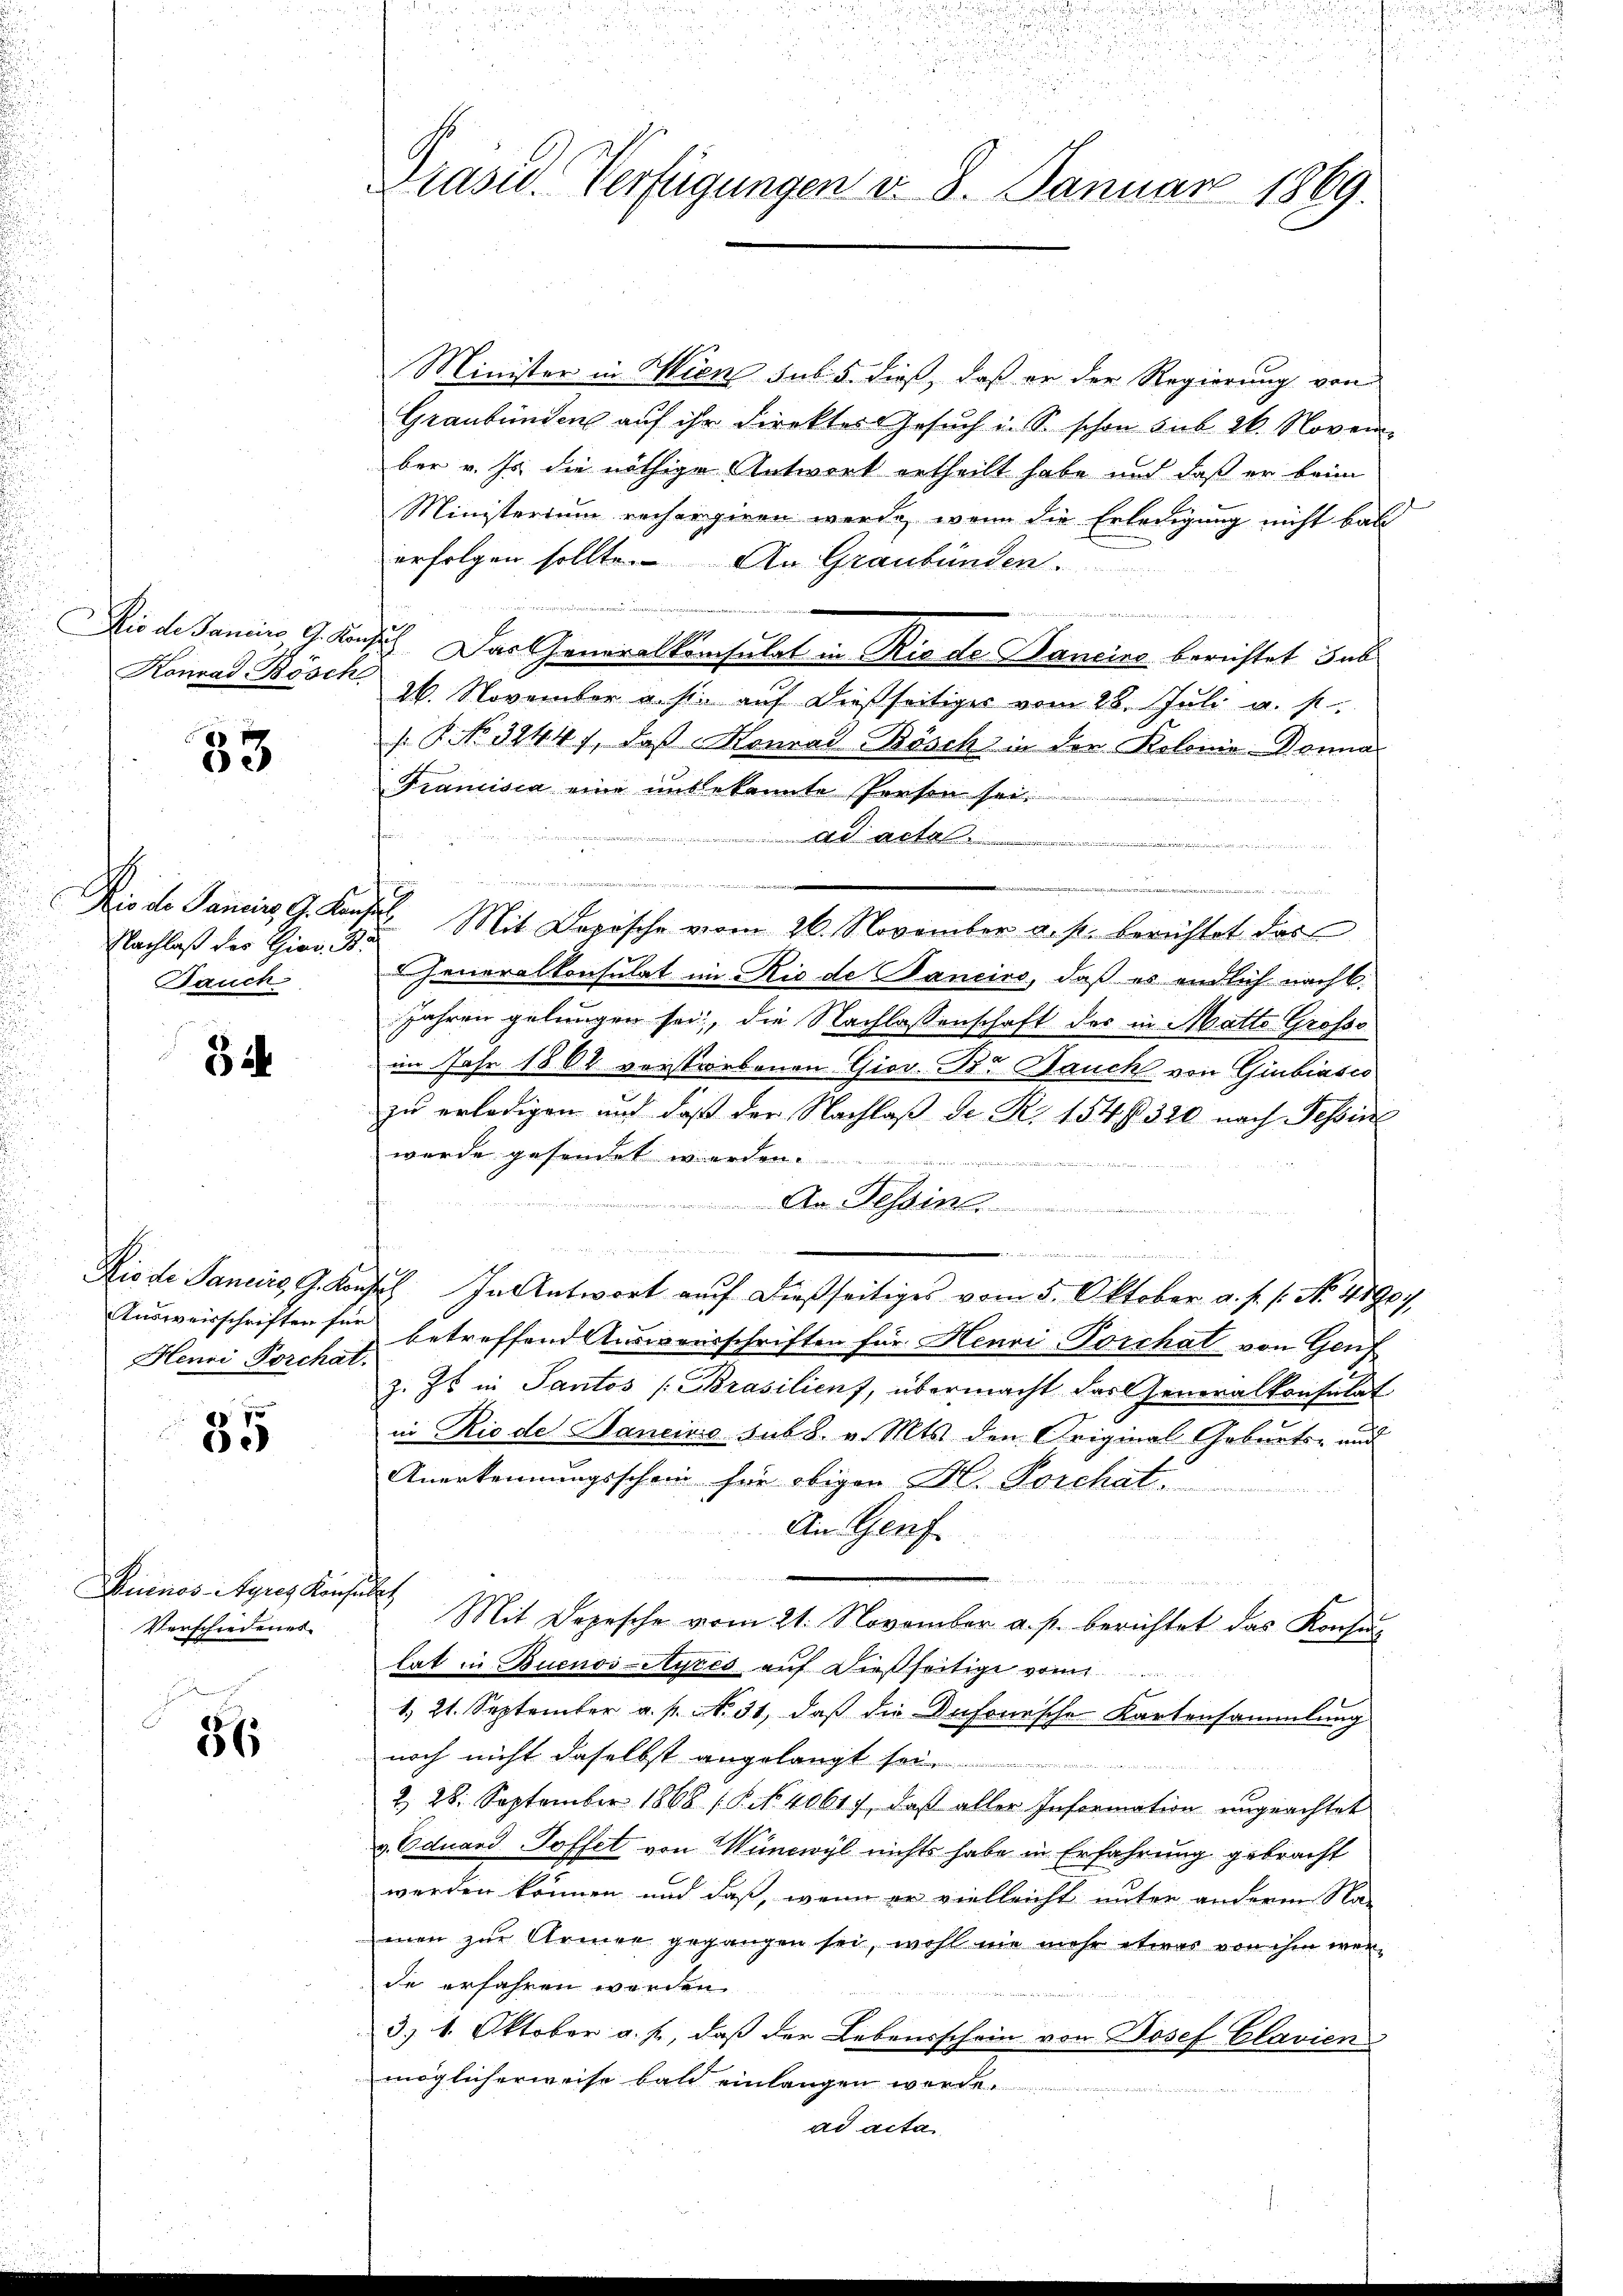
Dio de Janeiro G. Kon
Konrad Bösch

33

Nachlaß der Gies. B.
Bauch

Bih

Henri Porchat.

35

Buenos-Ayres Konse
Verschiedenes

56

d
Präsid. Verfügungen d. 8. Januar 1869.

Minister in Wien sub 5. dieß, daß er der Regierung von
Graubünden auf ihr direkter Gesuch in S. schon sub 26. Novem
ber v. Js. die nöthige Antwort ertheilt habe und daß er beim
Ministerium rechergiren werde, wenn die Erledigung nicht bas
erfolgen sollte. An Graubünden

n
 Das Generalkonsulat in Rio de Janeine berichtet sub
26. November u. s. auf dießseitiges vom 28. Juli a. p.
. P. No 32447, daß Konrad-Bösch in der Kolonia Donna
Francisca eine unbekannte Person sei,
Mite

a
Rio de Janeiro G. Konst. Mit Dapische vom 26. November a. p. berichtet das
Generalkonsulat im Rio de Sancino, daß es endlich nacht.
Jahren gelungen sei, die Nachlassenschaft des in Matte Grosse
im Jahr 1862 vorstorbenen Gior. Dr Bauch von Giubiasco
zu erledigen und daß der Nachlaß der R. 154320 nach Tessin
wurde gesendet werden.
An Tessin
wachsenen der
e
i
Diode Pancire G. Konses. In Antwort auf dießseitiges vom 5. Oktober a. f. s. No. 48907.
Ausweisschriften für betreffend Ausweisschriften für Henri-Porthat von Genf
z. Zt. in Santos (Brasilienf, übermacht das Generalkonsulat
in Rio des Hancinio sub 8. v. Mts. den Original-Geburts- und
Anerkennungsschein für obigen H. Porchat.
An Genf
d
Mit Depesche vom 21. November a. p. berichtet das Konsun
tat in Buenos-Ayres auf dießseitige vom
1. 21. September a. p. N. 31, daß die Dufonische Kartensammlung
noch nicht daselbst angelangt sei
2. 28. September 1868 (§. No. 40617, daß aller Information ungeachtet
v. Eduard Toffet von Wüncwyl nichts habe in Erfahrung gebracht
werden können und daß, wenn er vielleicht unter anderen Na-
men zur Armen gegangen sei, wohl nie mehr etwas von ihm werde erfahren worden.
3) 1. Oktober a. p., daß der Lebensschein von Josef Clavien
möglicherweise bald einlangen werde.
ad acta